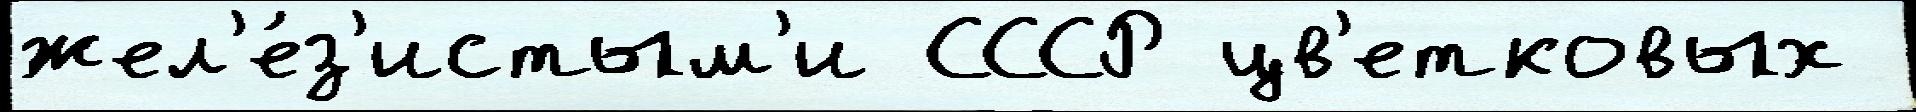
жел'е́з'истым'и СССР цв'етковых